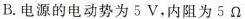
B.电源的电动势为5V，内阻为5Ω